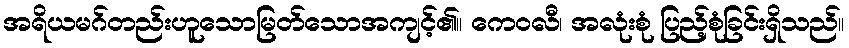
အရိယမဂ်တည်းဟူသောမြတ်သောအကျင့်၏။ ကေဝလီ၊ အလုံးစုံ ပြည့်စုံခြင်းရှိသည်။